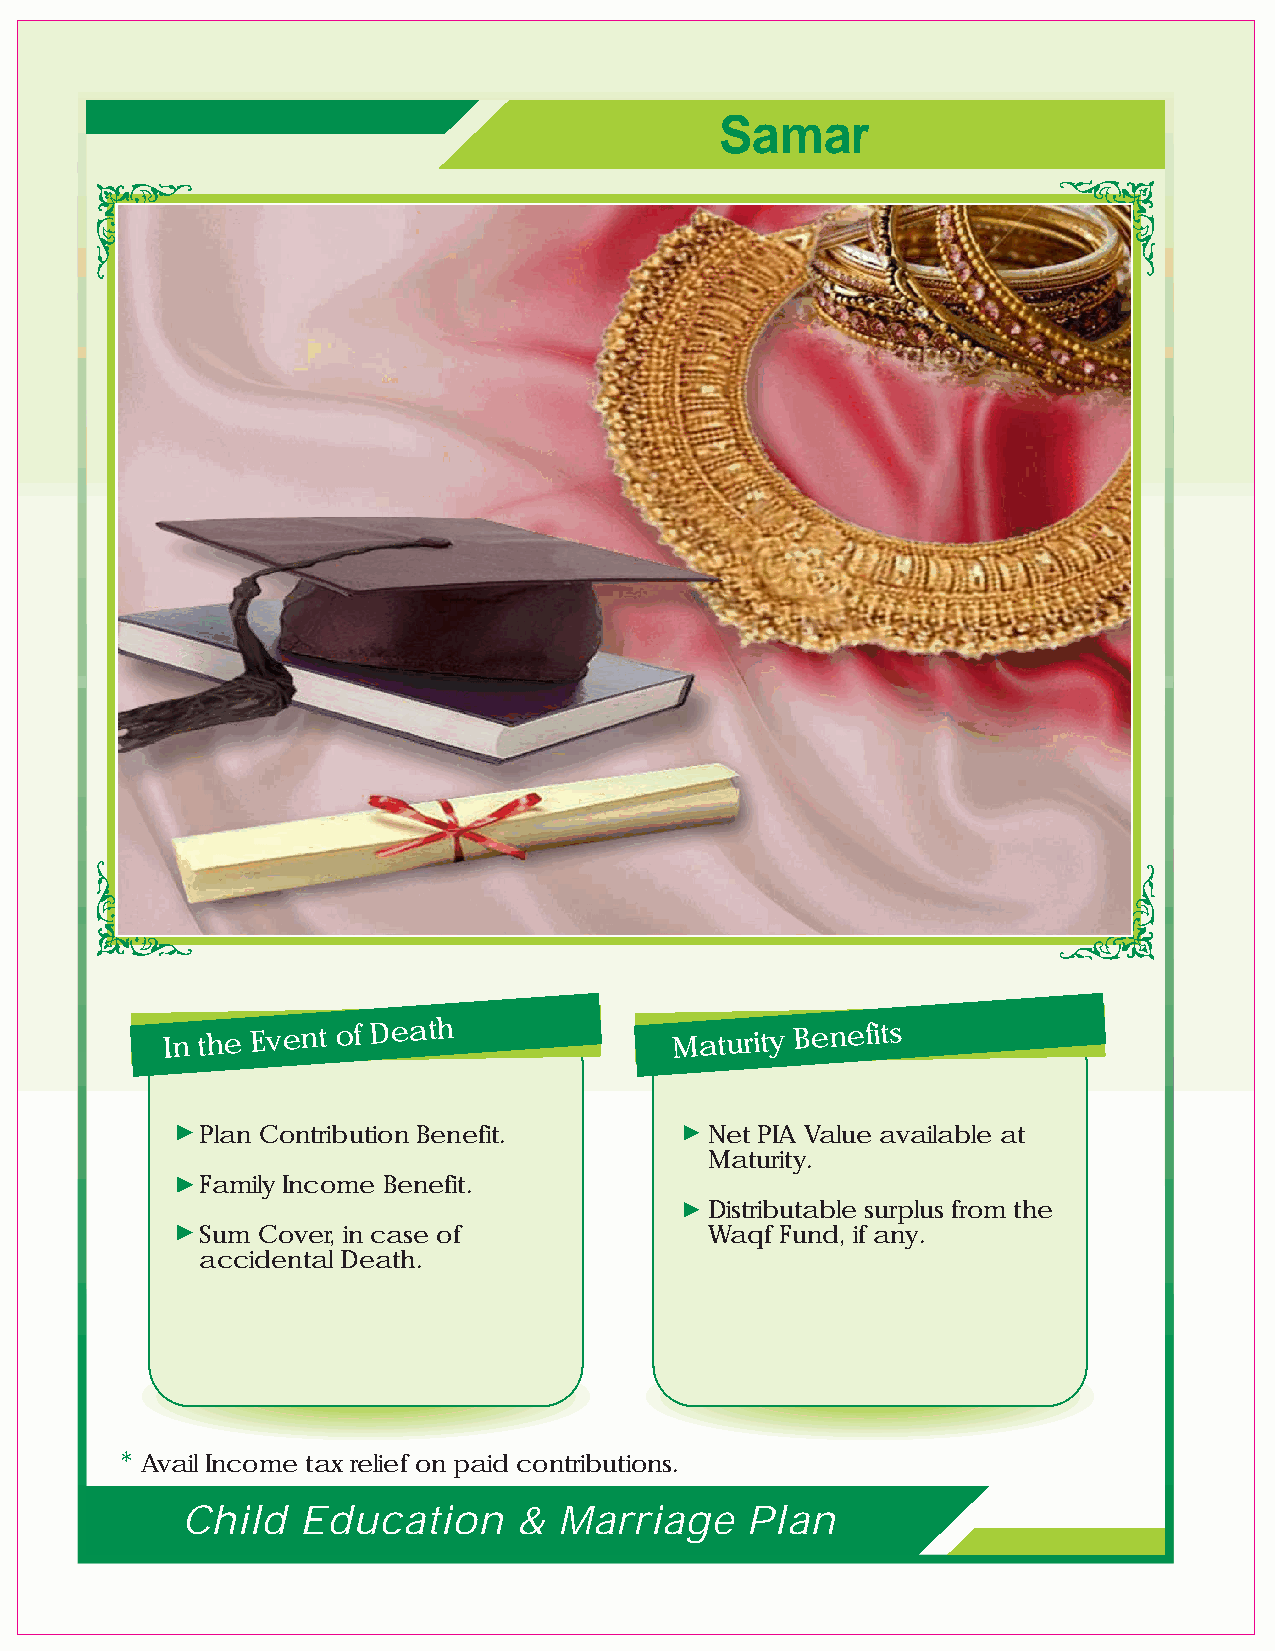
Samar
 In the Event of Death             Maturity Benefits
 Plan Contribution Benefit.        Net PIA Value available at
 Maturity.
 Family Income Benefit.
 Distributable surplus from the
 Sum Cover, in case of             Waqf Fund, if any.
 accidental Death.
 * Avail Income tax relief on paid contributions.
 Child   Education     &  Marriage    Plan